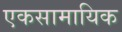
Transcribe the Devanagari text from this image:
एकसामायिक